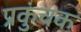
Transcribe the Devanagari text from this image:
प्रकुंचक